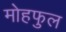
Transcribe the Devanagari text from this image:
मोहफुल